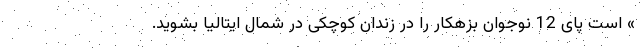
» است پای 12 نوجوان بزهکار را در زندان کوچکی در شمال ایتالیا بشوید.